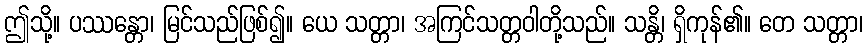
ဤသို့။ ပဿန္တော၊ မြင်သည်ဖြစ်၍။ ယေ သတ္တာ၊ အကြင်သတ္တဝါတို့သည်။ သန္တိ၊ ရှိကုန်၏။ တေ သတ္တာ၊